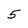
Character: 5